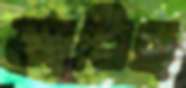
আরিছ